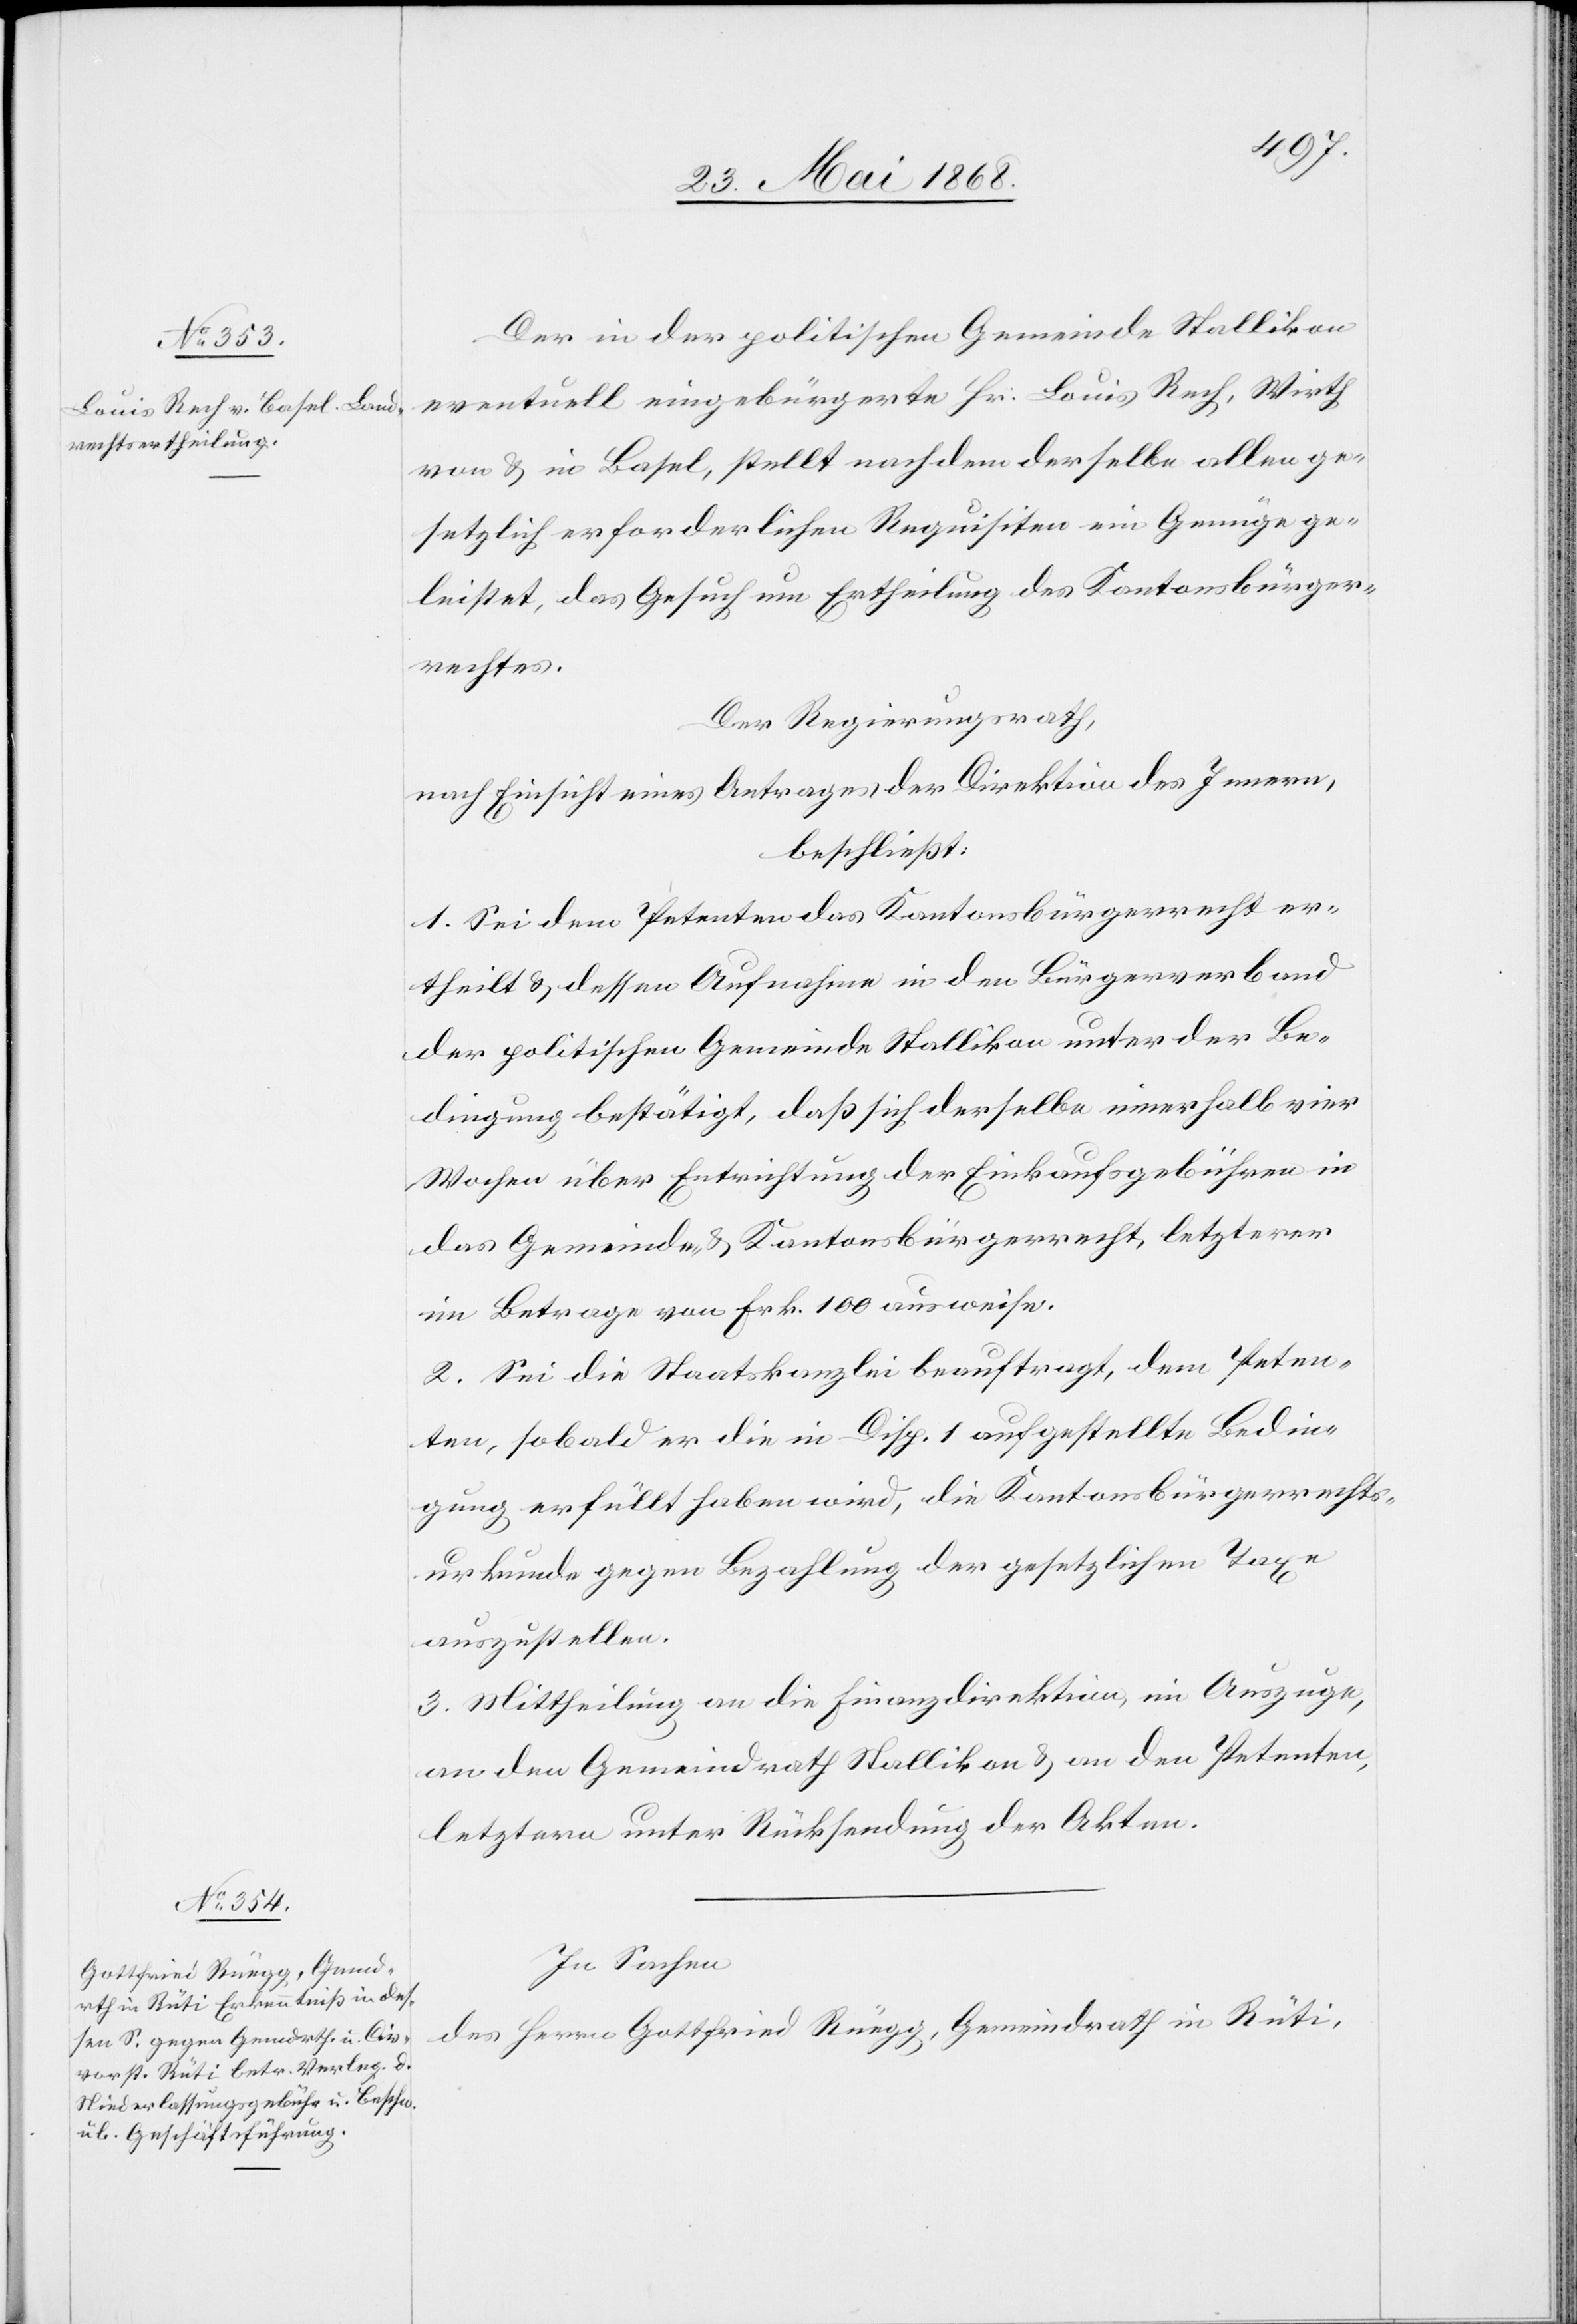
Der in der politischen Gemeinde Stallikon
eventuell eingebürgerte Hr: Louis Rech, Wirth
von & in Basel, stellt nachdem derselbe allen ge¬
setzlich erforderlichen Requisiten ein Genüge ge¬
leistet, das Gesuch um Ertheilung des Kantonsbürger¬
rechtes.
Der Regierungsrath,
nach Einsicht eines Antrages der Direktion des Innern,
beschließt:
1. Sei dem Petenten das Kantonsbürgerrecht er¬
theilt & dessen Aufnahme in den Bürgerverband
der politischen Gemeinde Stallikon unter der Be¬
dingung bestätigt, daß sich derselbe innerhalb vier
Wochen über Entrichtung der Einkaufsgebühren in
das Gemeinde- & Kantonsbürgerrecht, letzterer
im Betrage von Frk. 100 ausweise.
2. Sei die Staatskanzlei beauftragt, dem Peten¬
ten, sobald er die in Disp. 1 aufgestellte Bedin¬
gung erfüllt haben wird, die Kantonsbürgerrechts¬
urkunde gegen Bezahlung der gesetzlichen Taxe
auszustellen.
3. Mittheilung an die Finanzdirektion, im Auszuge,
an den Gemeindrath Stallikon & an den Petenten,
letztern unter Rücksendung der Akten.
In Sachen
des Herrn Gottfried Rüegg, Gemeindrath in Rüti,